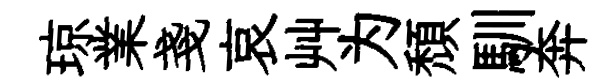
琼業戔哀艸为頹馴奔